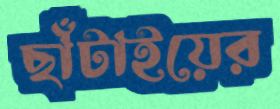
ছাঁটাইয়ের